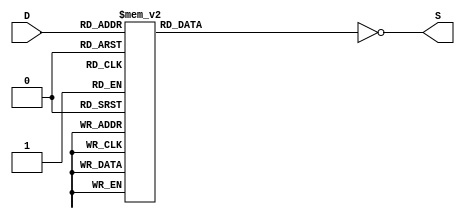
`timescale 1ns / 1ps
//////////////////////////////////////////////////////////////////////////////////
// Company: 
// Engineer: 
// 
// Design Name: 
// Module Name:    bin_to_seven_seg 
// Project Name: 
// Target Devices: 
// Tool versions: 
// Description: 
//
// Dependencies: 
//
// Revision: 
// Revision 0.01 - File Created
// Additional Comments: 
//
//////////////////////////////////////////////////////////////////////////////////
module bin_to_seven_seg(
	 output [6:0] S,
	 input [3:0] D
    );
		
	 reg [6:0] S2;
	 always @(D) begin
			// order is : abcdefg
		 S2 = 7'b0000000;
		 case(D)
			4'h0: S2 = 7'b1111110;	// 0x7E
			4'h1: S2 = 7'b0110000;	// 0x30
			4'h2: S2 = 7'b1101101;	// 0x6D
			4'h3: S2 = 7'b1111001;	// 0x79
			4'h4: S2 = 7'b0110011;	// 0x33
			4'h5: S2 = 7'b1011011;	// 0x5B
			4'h6: S2 = 7'b1011111;	// 0x5F
			4'h7: S2 = 7'b1110000;	// 0x70
			4'h8: S2 = 7'b1111111;	// 0x7F
			4'h9: S2 = 7'b1111011;	// 0x7B
			4'hA: S2 = 7'b1110111;	// 0x77
			4'hB: S2 = 7'b0011111;	// 0x1F
			4'hC: S2 = 7'b1001110;	// 0x4E
			4'hD: S2 = 7'b0111101;	// 0x3D
			4'hE: S2 = 7'b1001111;	// 0x4F
			4'hF: S2 = 7'b1000111;	// 0x47
			
			default: S2 = 7'b0000000;
		 endcase
	 end
	 
	 assign S = ~S2;

endmodule